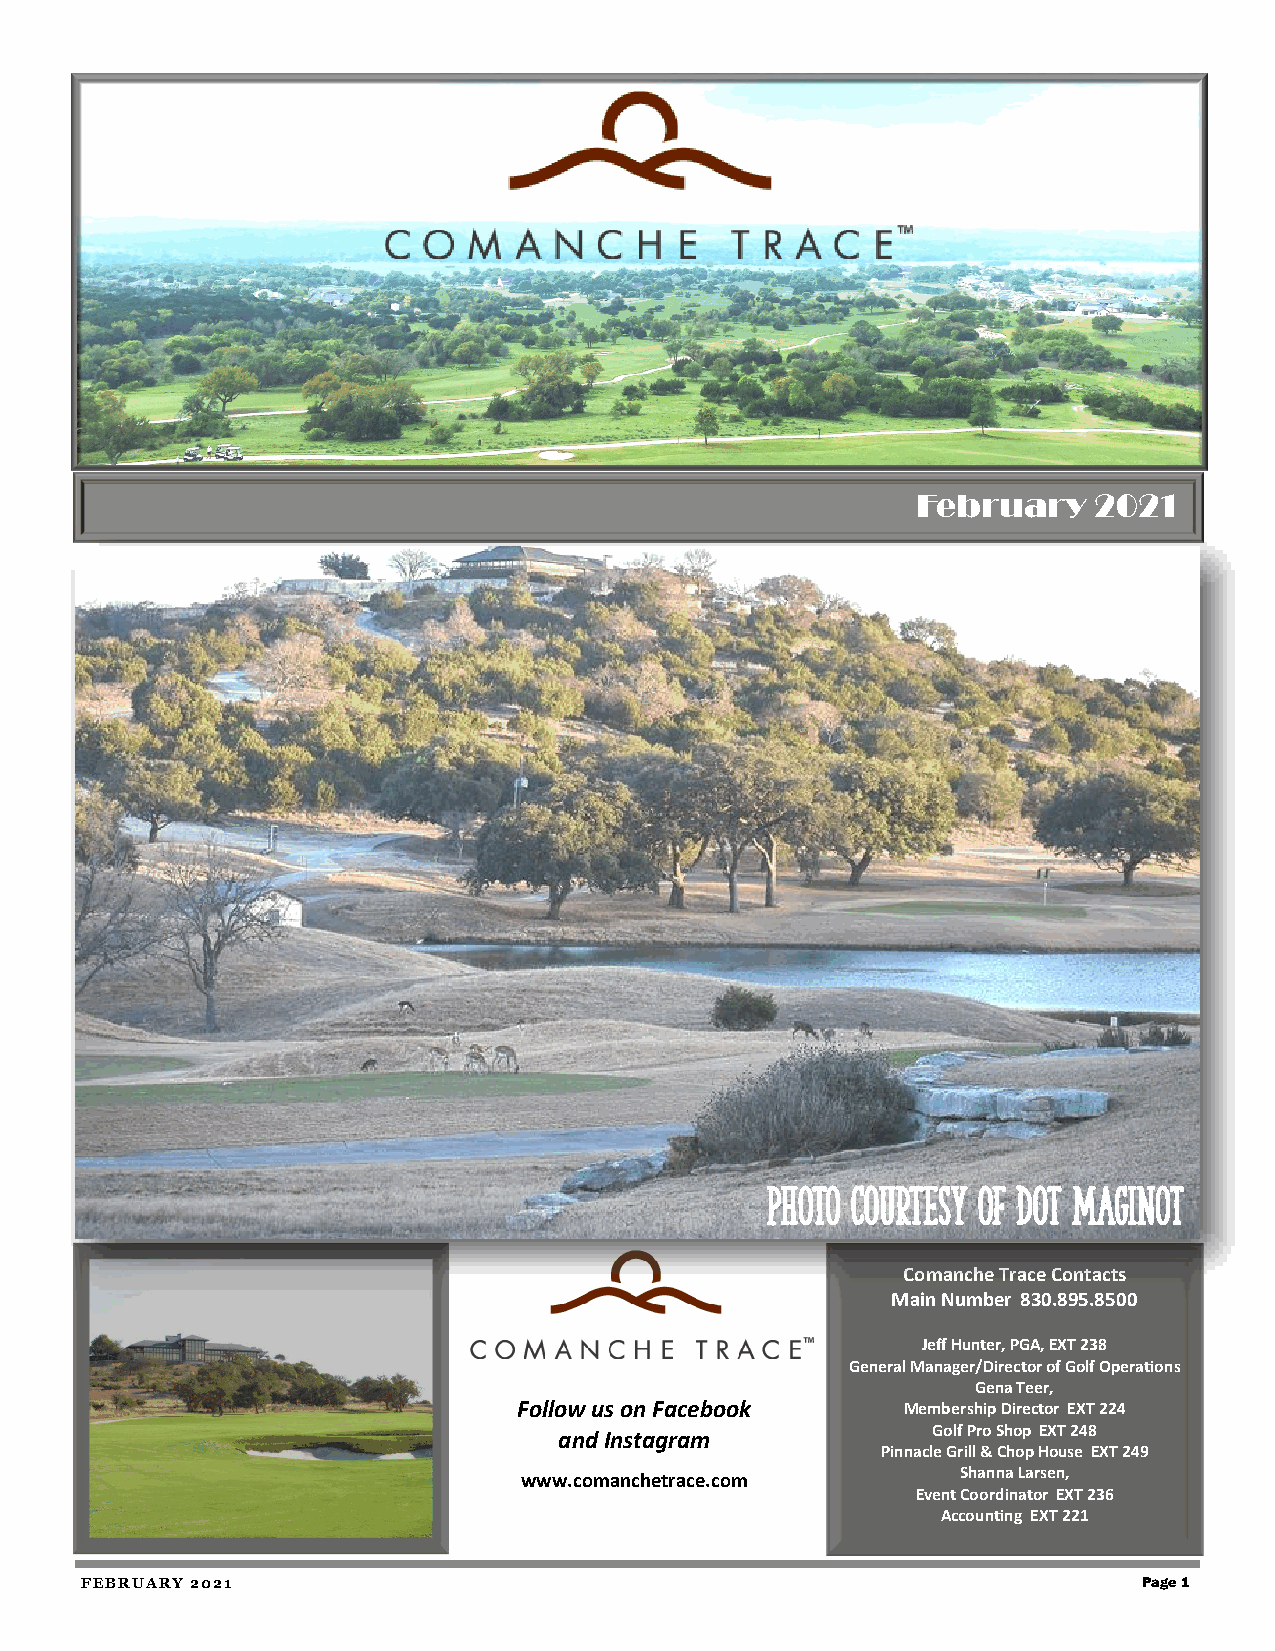
February   2021
 Fredericksburg, TX
 Photo courtesy of Dot Maginot
 Photo by Janet Clayborne
 Comanche Trace Contacts
 Main Number 830.895.8500
 Jeff Hunter, PGA, EXT 238
 General Manager/Director of Golf Operations
 Gena Teer,
 Follow us on Facebook     Membership Director EXT 224
 Golf Pro Shop EXT 248
 and Instagram
 Pinnacle Grill & Chop House EXT 249
 Shanna Larsen,
 www.comanchetrace.com
 Event Coordinator EXT 236
 Accounting EXT 221
 FEBRUARY 2021                                                          Page 1